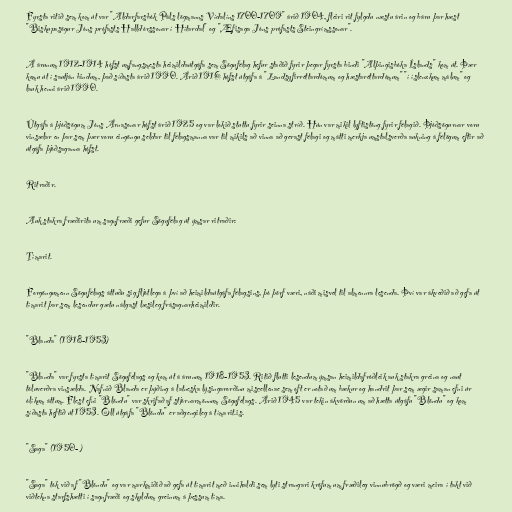
Fyrsta ritið sem kom út var "Aldarfarsbók Páls lögmanns Vídalíns 1700-1709" árið 1904, fleiri rit fylgdu næstu árin og báru þar hæst
"Biskupasögur Jóns prófasts Halldórssonar í Hítardal" og "Æfisaga Jóns prófasts Steingrímssonar".

Á árunum 1912-1914 hófst umfangsmesta heimildaútgáfa sem Sögufélag hefur staðið fyrir þegar fyrsta bindi "Alþingisbóka Íslands" kom út. Þær
komu út í sautján bindum, það síðasta árið 1990. Árið 1916 hófst útgáfa á "Landsyfirréttardómum og hæstaréttardómum" "í íslenzkum málum" og
lauk henni árið 1990.

Útgáfa á þjóðsögum Jóns Árnasonar hófst árið 1925 og var lokið stuttu fyrir seinna stríð. Hún var mikil lyftistöng fyrir félagið. Þjóðsögurnar voru
vinsælar en þar sem þær voru eingöngu seldar til félagsmanna var til mikils að vinna að gerast félagi og mátti merkja umstalsverða aukning á félögum eftir að
útgáfa þjóðsaganna hófst.

Ritraðir.

Auk stakra fræðirita um sagnfræði gefur Sögufélag út ýmsar ritraðir:

Tímarit.

Forgöngumenn Sögufélags áttuðu sig fljótlega á því að heimildaútgáfa félagsins, þó þörf væri, náði misvel til almennra lesenda. Því var ákveðið að gefa út
tímarit þar sem lesendur gætu nálgast læsileg frásagnarheimildir.

"Blanda" (1918-1953)

"Blanda" var fyrsta tímarit Sögufélags og kom út á árunum 1918-1953. Ritið flutti lesendum ýmsan heimildafróðleik auk stakra greina og naut
töluverðra vinsælda. Nafnið Blanda er þýðing á latneska lýsingarorðinu miscellenae sem oft er notað um bækur og handrit þar sem ægir saman efni úr
ólíkum áttum. Flest efni "Blöndu" var skrifað af stjórnarmönnum Sögufélags. Árið 1945 var tekin ákvörðun um að hætta útgáfu "Blöndu" og kom
síðasta heftið út 1953. Öll útgáfa "Blöndu" er aðgengileg á tímarit.is.

"Saga" (1950- )

"Saga" tók við af "Blöndu" og var markmiðið að gefa út tímarit með innihaldi sem lyti strangari kröfum um fræðileg vinnubrögð og væri meira í takt við
viðtekna starfshætti í sagnfræði og skyldum greinum á þessum tíma.